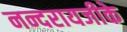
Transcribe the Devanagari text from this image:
नन्दरायजीके